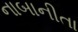
નાબાનીતા